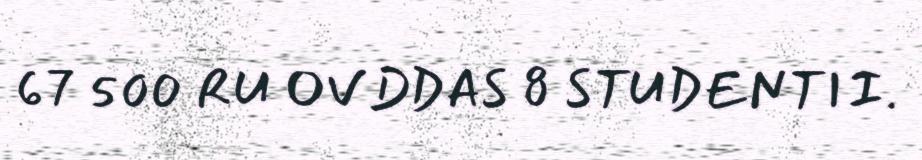
67 500 RU OVDDAS 8 STUDENTII.